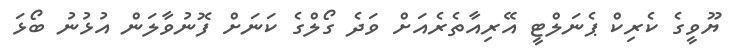
ޔޫވީގެ ކެރިކް ޕެނަލްޓީ އޭރިއާތެރެއަށް ވަދެ ގޯލްގެ ކަނަށް ފޮނުވާލަން އުޅުނު ބޯޅަ